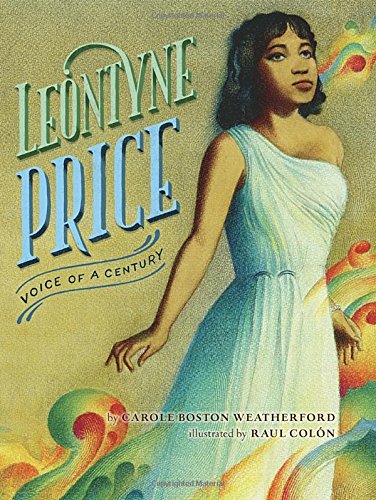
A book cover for Leontyne Price: Voice of a Century; Carole Boston Weatherford; Children's Books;